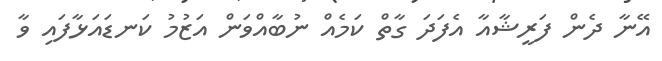
އޭނާ ދެން ފަރީޝާއާ އެފަދަ ގާތް ކަމެއް ނުބާއްވަން އަޒުމު ކަނޑައަޅާފައި ވާ